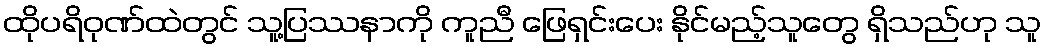
ထိုပရိဝုဏ်ထဲတွင် သူ့ပြဿနာကို ကူညီ ဖြေရှင်းပေး နိုင်မည့်သူတွေ ရှိသည်ဟု သူ